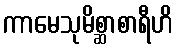
ကာမေသုမိစ္ဆာစာရီဟိ